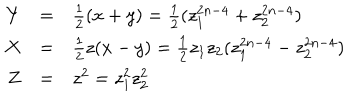
\begin{array} { r c l } { { Y } } & { { = } } & { { \frac { 1 } { 2 } ( x + y ) = \frac { 1 } { 2 } ( z _ { 1 } ^ { 2 n - 4 } + z _ { 2 } ^ { 2 n - 4 } ) } } \\ { { X } } & { { = } } & { { \frac { 1 } { 2 } z ( x - y ) = \frac { 1 } { 2 } z _ { 1 } z _ { 2 } ( z _ { 1 } ^ { 2 n - 4 } - z _ { 2 } ^ { 2 n - 4 } ) } } \\ { { Z } } & { { = } } & { { z ^ { 2 } = z _ { 1 } ^ { 2 } z _ { 2 } ^ { 2 } } } \\ \end{array}